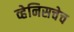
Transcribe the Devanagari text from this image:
व्हेनिसचेच